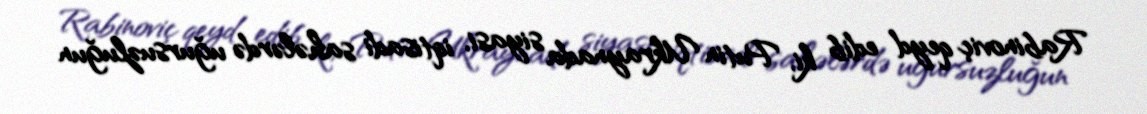
Rabinoviç qeyd edib ki, Putin Ukraynada siyasi, iqtisadi sahələrdə uğursuzluğun